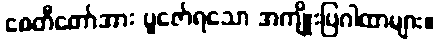
စေတီတော်အား ပူဇော်ရသော အကျိုးပြဂါထာများ။